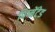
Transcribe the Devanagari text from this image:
पिग्मेंटेड